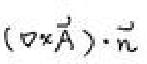
$(\nabla\times\vec{A})\cdot\vec{n}$